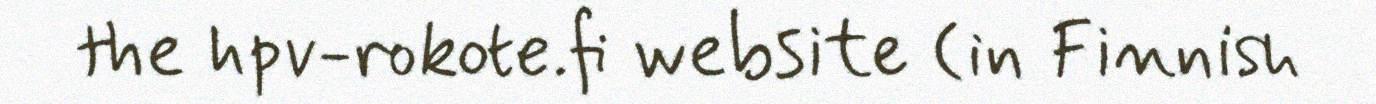
the hpv-rokote.fi website (in Finnish